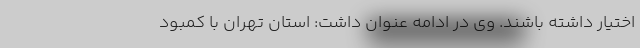
اختیار داشته باشند. وی در ادامه عنوان داشت: استان تهران با کمبود